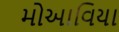
મોઆવિયા